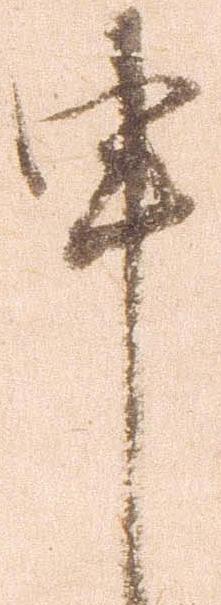
申